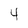
Character: 4